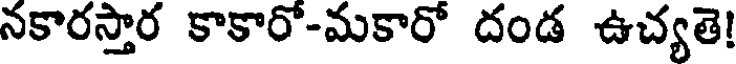
నకారస్తార కాకారో-మకారో దండ ఉచ్యతె!